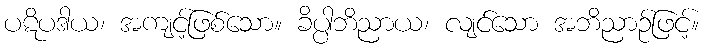
ပဋိပဒါယ၊ အကျင့်ဖြစ်သော။ ခိပ္ပါဘိညာယ၊ လျင်သော အဘိညာဉ်ဖြင့်။